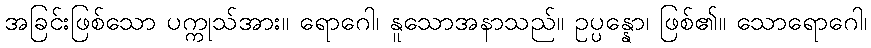
အခြင်းဖြစ်သော ပက္ကုသ်အား။ ရောဂေါ၊ နူသောအနာသည်။ ဥပ္ပန္နော၊ ဖြစ်၏။ သောရောဂေါ၊